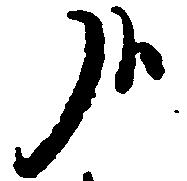
哉